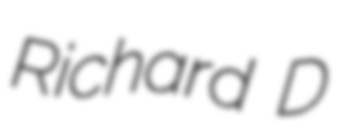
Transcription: Richard D